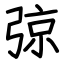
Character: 弶